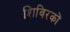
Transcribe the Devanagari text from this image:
शिविरकों